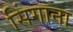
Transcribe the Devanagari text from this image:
सिंगाना